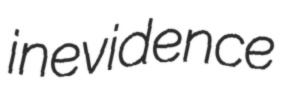
inevidence